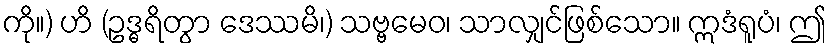
ကို။) ဟိ (ဥဒ္ဓရိတွာ ဒေဿမိ၊) သဗ္ဗမေဝ၊ သာလျှင်ဖြစ်သော။ ဣဒံရူပံ၊ ဤ